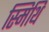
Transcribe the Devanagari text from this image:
स्मिथि